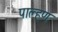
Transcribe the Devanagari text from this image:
पाल्हण